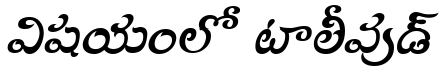
విషయంలో టాలీవుడ్